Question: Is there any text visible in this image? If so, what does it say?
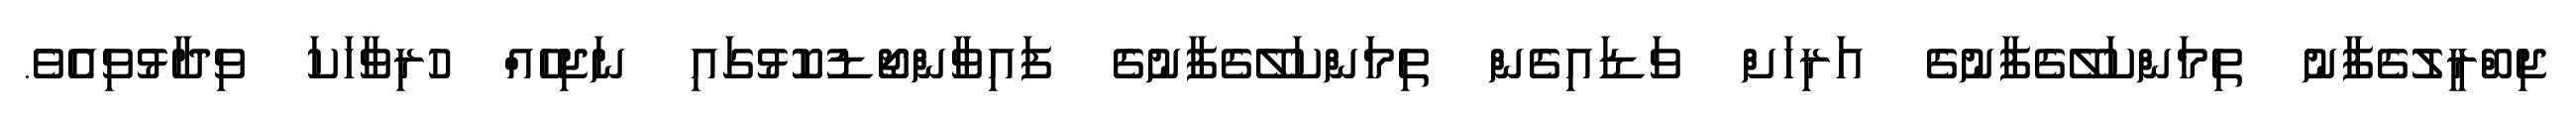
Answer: ޖިބްރީލުގެފާނު ތިމަންކަލޭގެފާނުގެ އަރިހަށް ވަޑައިގެން ތިމަންކަލޭގެފާނުގެ ފައިވާންޖޯޑުކޮޅުގައި ނަޖިހެއް ހުރިވާހަކަ ވިދާޅުވިއެވެ.